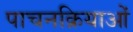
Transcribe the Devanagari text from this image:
पाचनक्रियाओं